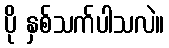
ပို နှစ်သက်ပါသလဲ။